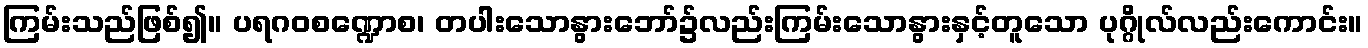
ကြမ်းသည်ဖြစ်၍။ ပရဂဝစဏ္ဍောစ၊ တပါးသောနွားဘော်၌လည်းကြမ်းသောနွားနှင့်တူသော ပုဂ္ဂိုလ်လည်းကောင်း။